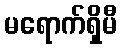
မရောက်ရှိမီ